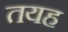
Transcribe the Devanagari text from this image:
तयह